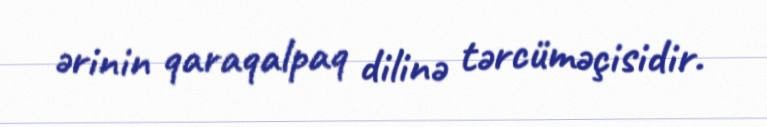
ərinin qaraqalpaq dilinə tərcüməçisidir.